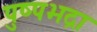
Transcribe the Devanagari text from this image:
पुष्पभद्रा